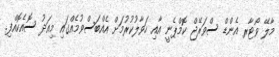
މާލޭ ވޯޓާރ އެންޑް ސްވަރޭޖް ކޮމްޕެނީ އާއި ހަވާލުކުރުމަށް އެއްބަސްވުމެއްގައި މިއަދު ސޮއެކޮއްފި.